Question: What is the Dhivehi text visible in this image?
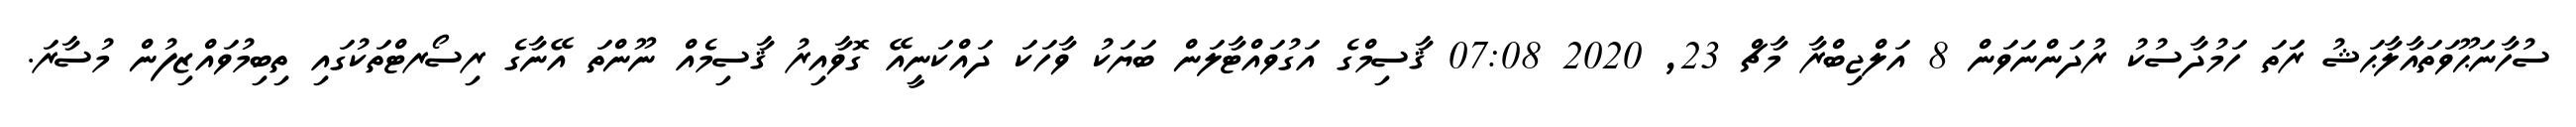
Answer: ސުހާނަޙޫވަތައާލާޙަޝު ރަަތަ ހަމުދާސުކު ރުދަންނަވަން 8 އަލްޖިބްރާ މާޗް 23, 2020 07:08 ޤާސިމްގެ އަގުވައްޓާލަން ބަޔަކު ވާހަކަ ދައްކަނީއޭ ގޮވާއިރު ޤާސިމެއް ނޫންތަ އޭނާގެ ރިސޯރޓްތަކުގައި ތިބިމުވައްޒިފުން މުސާރަ.